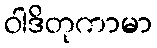
ဝါဒိတုကာမာ